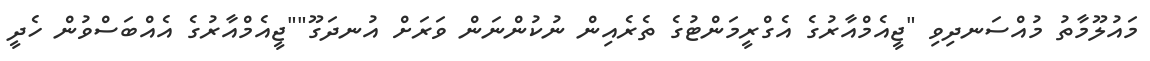
މައުލޫމާތު މުއްސަނދިވި "ޖީއެމްއާރުގެ އެގްރީމަންޓުގެ ތެރެއިން ނުކުންނަން ވަރަށް އުނދަގޫ""ޖީއެމްއާރުގެ އެއްބަސްވުން ހެދީ